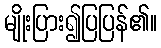
မျိုးပြား၍ပြပြန်၏။